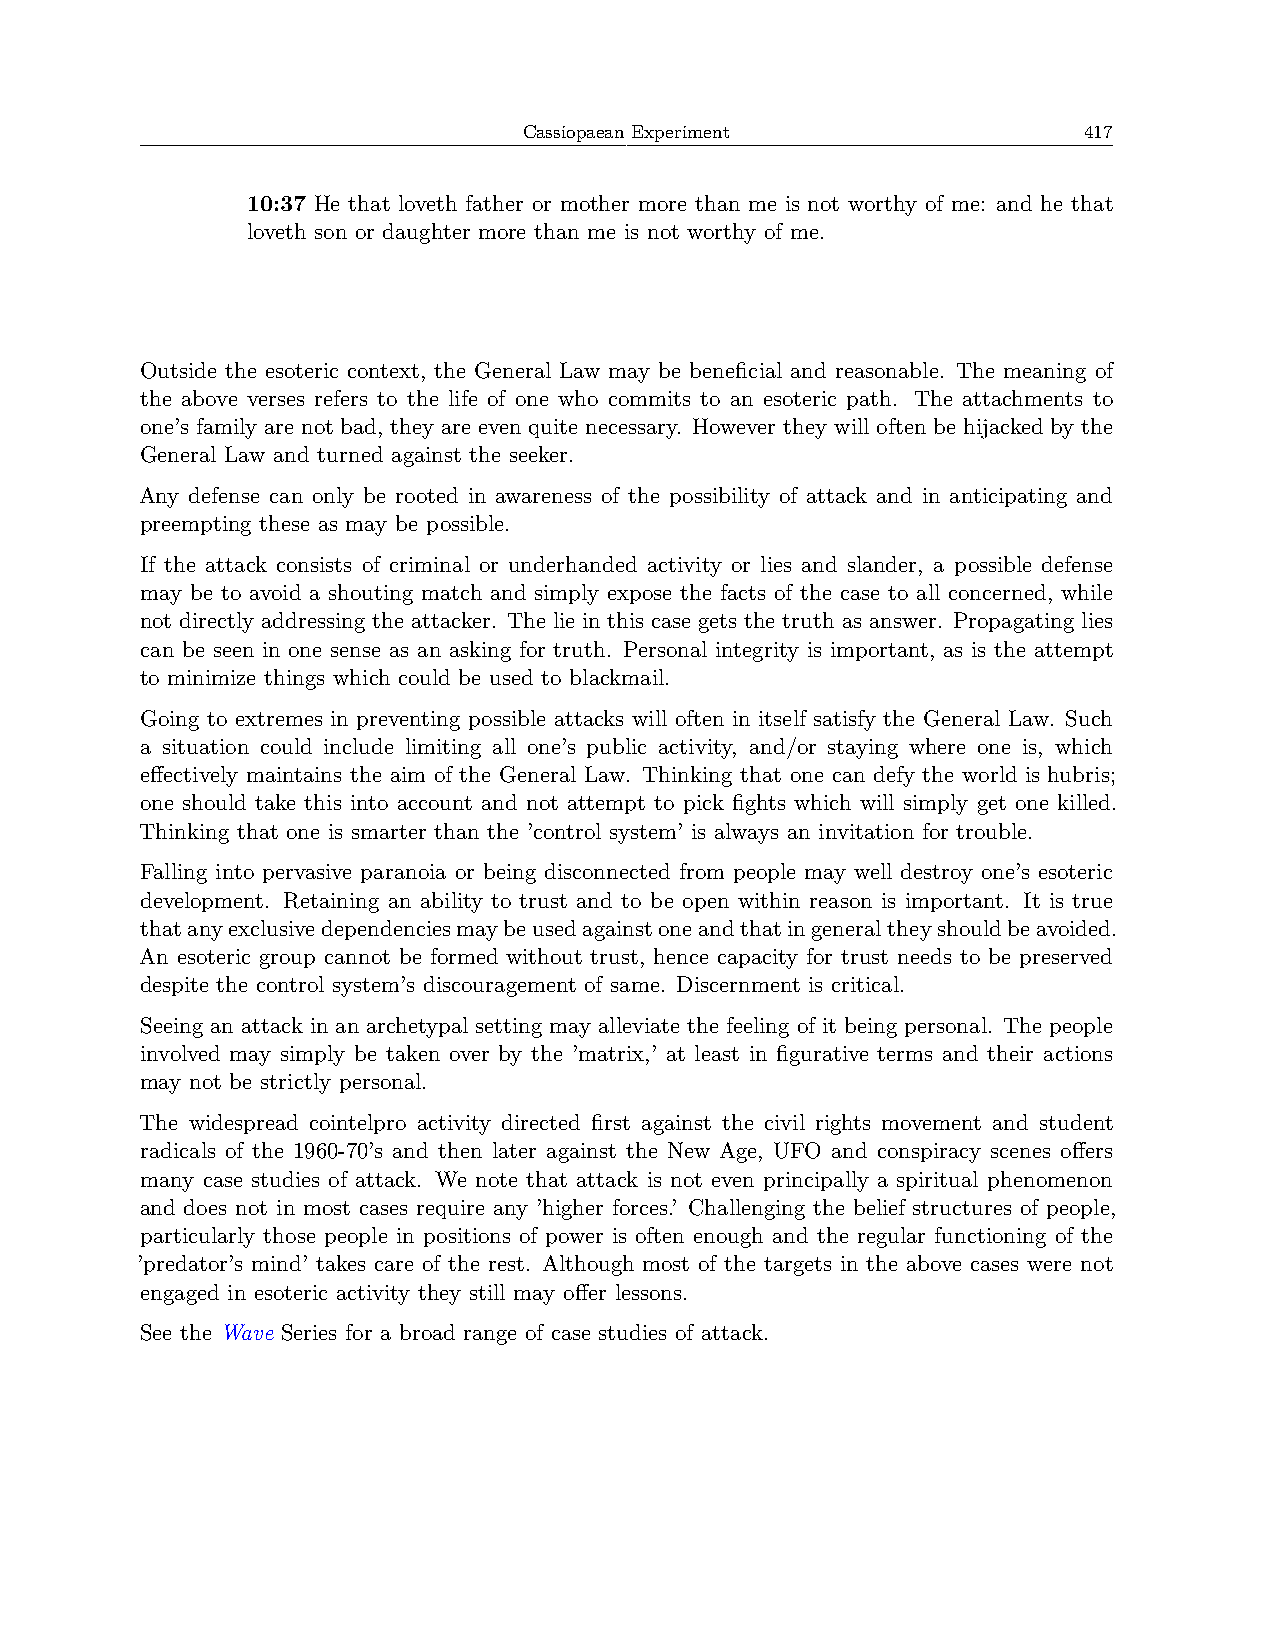
Cassiopaean Experiment               417
 10:37 He that loveth father or mother more than me is not worthy of me: and he that
 loveth son or daughter more than me is not worthy of me.
 Outside the esoteric context, the General Law may be beneficial and reasonable. The meaning of
 the above verses refers to the life of one who commits to an esoteric path. The attachments to
 one’s family are not bad, they are even quite necessary. However they will often be hijacked by the
 General Law and turned against the seeker.
 Any defense can only be rooted in awareness of the possibility of attack and in anticipating and
 preempting these as may be possible.
 If the attack consists of criminal or underhanded activity or lies and slander, a possible defense
 may be to avoid a shouting match and simply expose the facts of the case to all concerned, while
 not directly addressing the attacker. The lie in this case gets the truth as answer. Propagating lies
 can be seen in one sense as an asking for truth. Personal integrity is important, as is the attempt
 to minimize things which could be used to blackmail.
 Going to extremes in preventing possible attacks will often in itself satisfy the General Law. Such
 a situation could include limiting all one’s public activity, and/or staying where one is, which
 effectively maintains the aim of the General Law. Thinking that one can defy the world is hubris;
 one should take this into account and not attempt to pick fights which will simply get one killed.
 Thinking that one is smarter than the ’control system’ is always an invitation for trouble.
 Falling into pervasive paranoia or being disconnected from people may well destroy one’s esoteric
 development. Retaining an ability to trust and to be open within reason is important. It is true
 thatanyexclusivedependenciesmaybeusedagainstoneandthatingeneraltheyshouldbeavoided.
 An esoteric group cannot be formed without trust, hence capacity for trust needs to be preserved
 despite the control system’s discouragement of same. Discernment is critical.
 Seeing an attack in an archetypal setting may alleviate the feeling of it being personal. The people
 involved may simply be taken over by the ’matrix,’ at least in figurative terms and their actions
 may not be strictly personal.
 The widespread cointelpro activity directed first against the civil rights movement and student
 radicals of the 1960-70’s and then later against the New Age, UFO and conspiracy scenes offers
 many case studies of attack. We note that attack is not even principally a spiritual phenomenon
 and does not in most cases require any ’higher forces.’ Challenging the belief structures of people,
 particularly those people in positions of power is often enough and the regular functioning of the
 ’predator’s mind’ takes care of the rest. Although most of the targets in the above cases were not
 engaged in esoteric activity they still may offer lessons.
 See the Wave Series for a broad range of case studies of attack.